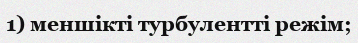
1) меншікті турбулентті режім;